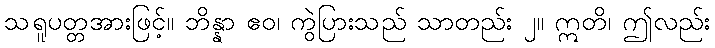
သရူပတ္တအားဖြင့်။ ဘိန္နာ ဧဝ၊ ကွဲပြားသည် သာတည်း ၂။ ဣတိ၊ ဤလည်း